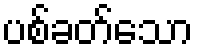
ပစ်ခတ်သော